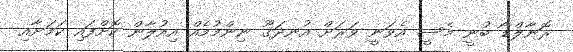
ރޮނާލްޑޯ ބުނީ މެސީ އެވަނީ ވަރަށް އުނދަގޫ ނިންމުމެއް އިއުލާން ކޮށްފައި ކަމަށާއި